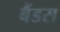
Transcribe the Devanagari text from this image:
बैंडस